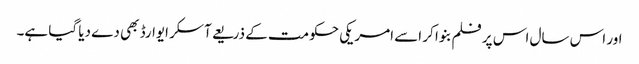
اور اس سال اس پر فلم بنوا کر اسے امریکی حکومت کے ذریعے آسکر ایوارڈ بھی دے دیا گیا ہے۔